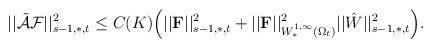
LaTeX: \begin{align*}||\tilde{\mathcal{A}}\mathcal{F}||^2_{s-1,\ast,t}\leq C(K)\Big(||\mathbf{F}||^2_{s-1,\ast,t}+||\mathbf{F}||^2_{W^{1,\infty}_{\ast}(\Omega_t)}||\hat{W}||^2_{s-1,\ast,t}\Big).\end{align*}